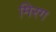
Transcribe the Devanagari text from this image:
मिरग